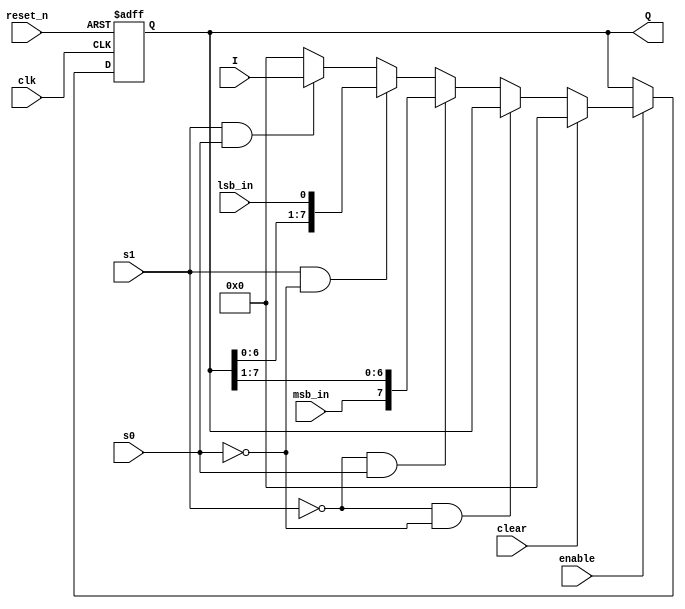
module universal_shift_register
#(parameter N = 8)(
input clk,
input enable ,
input s1 , s0 ,
input msb_in , lsb_in ,
input reset_n ,  //Asynchronous reset
input clear,    // synchronous reset
input [N-1 :0]I ,
output [N-1 :0]Q
);
reg [N-1 : 0]Q_reg , Q_next ;

always @(posedge clk , negedge reset_n)
begin
if (!reset_n)
Q_reg <= 'b0 ;
else if(enable)
  Q_reg <= Q_next  ;
else
Q_reg <= Q_reg ;
end

always @(clear , Q_reg , s0 , s1 , msb_in , lsb_in , I)
begin
Q_next = Q_reg ;
  if(clear)
    Q_next = 'b0 ;
  else
    begin
      if(!s1 && !s0)
        Q_next = Q_reg ;
      else if(!s1 && s0)
        Q_next = {msb_in , Q_reg[N-1 :1]}  ;
      else if(s1 && !s0)
        Q_next = {Q_reg[N-2 :0] , lsb_in}  ;
      else if(s1 && s0)
        Q_next = I ;
      else
        Q_next = 'b0 ;
    end
end

assign Q = Q_reg ;

endmodule